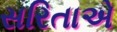
સરિતાએ